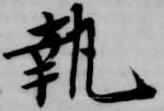
執